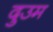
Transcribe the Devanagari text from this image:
दुउम